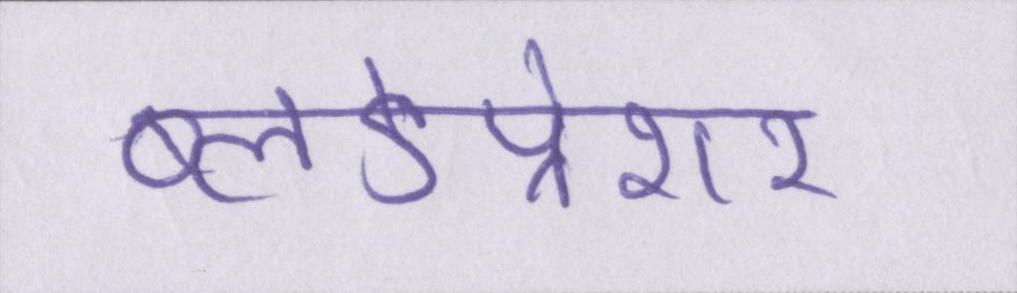
ब्लडप्रेशर